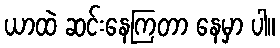
ယာထဲ ဆင်းနေကြတာ နေမှာ ပါ။